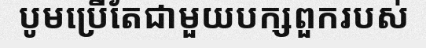
បូមប្រើតែជាមួយបក្សពួករបស់